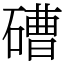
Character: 𥕢